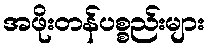
အဖိုးတန်ပစ္စည်းများ